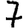
Digit: 7